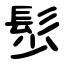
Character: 䯯